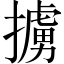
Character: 擄